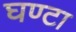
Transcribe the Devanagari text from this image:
घण्‍टा